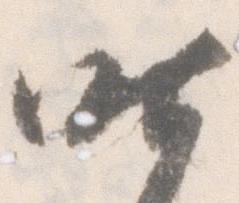
昨